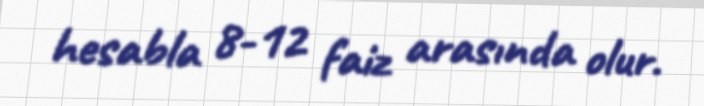
hesabla 8-12 faiz arasında olur.